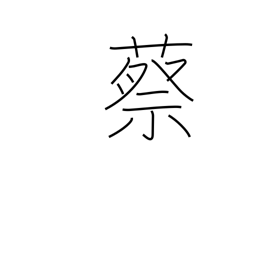
Meaning: type of tortoise used for divination